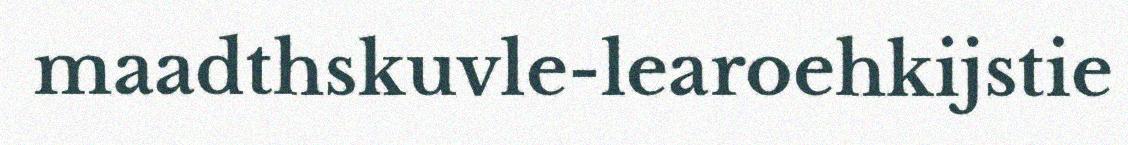
maadthskuvle-learoehkijstie